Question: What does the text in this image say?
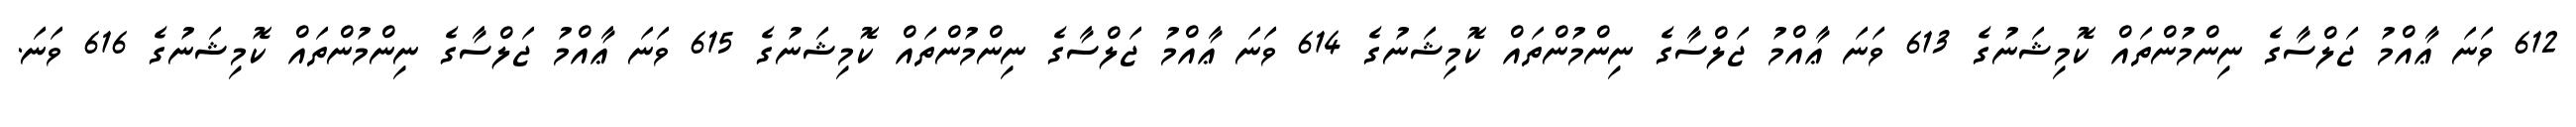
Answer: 612 ވަނަ ޢާއްމު ޖަލްސާގެ ނިންމުންތައް ކޮމިޝަނުގެ 613 ވަނަ ޢާއްމު ޖަލްސާގެ ނިންމުންތައް ކޮމިޝަނުގެ 614 ވަނަ ޢާއްމު ޖަލްސާގެ ނިންމުންތައް ކޮމިޝަނުގެ 615 ވަނަ ޢާއްމު ޖަލްސާގެ ނިންމުންތައް ކޮމިޝަނުގެ 616 ވަނަ.